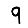
Digit: 9